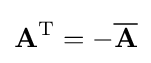
\mathbf {A} ^{\text{T}}=-{\overline {\mathbf {A} }}